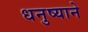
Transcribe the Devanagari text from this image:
धनुष्याने